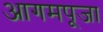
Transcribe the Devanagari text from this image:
आगमपूजा